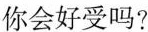
你会好受吗?